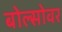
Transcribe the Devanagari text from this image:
बोल्सोवर